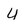
Character: U